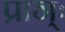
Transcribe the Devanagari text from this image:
प्राञ्ः